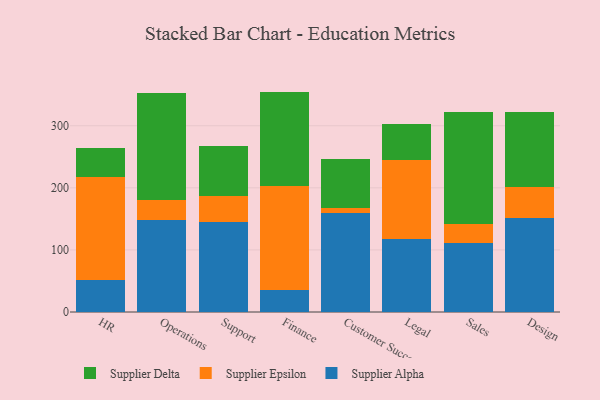
{"axis": {"x": "Department", "y": "Latency (ms)"}, "legend": ["Supplier Alpha", "Supplier Delta", "Supplier Epsilon"], "data": [{"x": "HR", "y": 50.8, "type": "Supplier Alpha"}, {"x": "HR", "y": 166.2, "type": "Supplier Epsilon"}, {"x": "HR", "y": 47.7, "type": "Supplier Delta"}, {"x": "Operations", "y": 147.6, "type": "Supplier Alpha"}, {"x": "Operations", "y": 33.4, "type": "Supplier Epsilon"}, {"x": "Operations", "y": 171.8, "type": "Supplier Delta"}, {"x": "Support", "y": 145.3, "type": "Supplier Alpha"}, {"x": "Support", "y": 42.3, "type": "Supplier Epsilon"}, {"x": "Support", "y": 79.2, "type": "Supplier Delta"}, {"x": "Finance", "y": 35.1, "type": "Supplier Alpha"}, {"x": "Finance", "y": 168.5, "type": "Supplier Epsilon"}, {"x": "Finance", "y": 151.4, "type": "Supplier Delta"}, {"x": "Customer Success", "y": 159.2, "type": "Supplier Alpha"}, {"x": "Customer Success", "y": 7.8, "type": "Supplier Epsilon"}, {"x": "Customer Success", "y": 79.9, "type": "Supplier Delta"}, {"x": "Legal", "y": 117.9, "type": "Supplier Alpha"}, {"x": "Legal", "y": 127.6, "type": "Supplier Epsilon"}, {"x": "Legal", "y": 57.9, "type": "Supplier Delta"}, {"x": "Sales", "y": 111.7, "type": "Supplier Alpha"}, {"x": "Sales", "y": 30.5, "type": "Supplier Epsilon"}, {"x": "Sales", "y": 179.7, "type": "Supplier Delta"}, {"x": "Design", "y": 151.4, "type": "Supplier Alpha"}, {"x": "Design", "y": 49.5, "type": "Supplier Epsilon"}, {"x": "Design", "y": 122.0, "type": "Supplier Delta"}]}